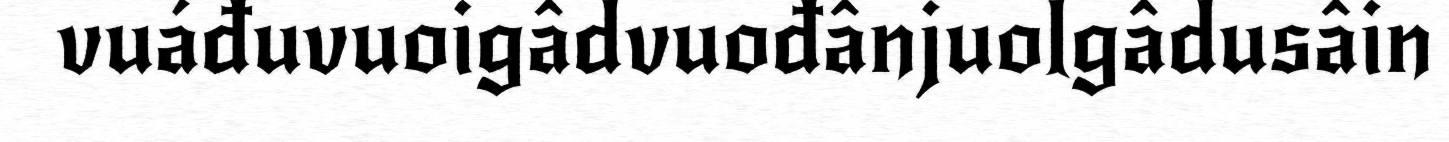
vuáđuvuoigâdvuođânjuolgâdusâin